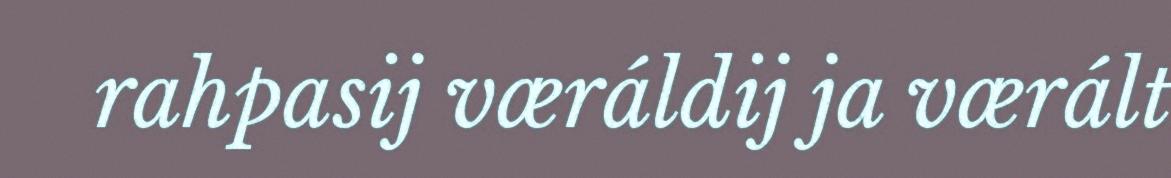
rahpasij væráldij ja værált